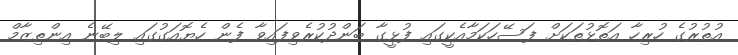
އުތުރުގެ ހުރިހާ އަތޮޅުތަކަށް ފަސޭހަކަމާއެެކީގައި ފުޅީގާ ބަންދުކުރެވިފައިވާ ފެން ހެޔޮއަގުގައި ލިބޭނެ އިންތިޒާމް